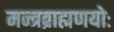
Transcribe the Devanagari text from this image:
मन्त्रब्राह्मणयोः